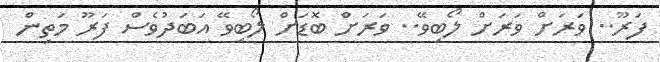
ފަރޫ.. ވަރަށް ވަރަށް ލޯބިވޭ.. ވަރަށް ބޮޑަށް ލޯބިވޭ އަބަދުވެސް ފަރޫ މަތިން